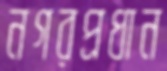
নগরপ্রধান